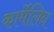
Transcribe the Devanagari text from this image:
कार्मेलिन